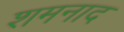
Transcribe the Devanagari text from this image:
शमनाद